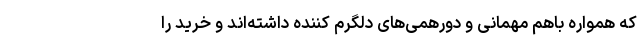
که همواره باهم مهمانی و دورهمی‌های دلگرم کننده داشته‌اند و خرید را